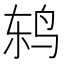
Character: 鸫